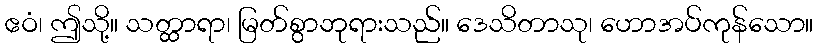
ဧဝံ၊ ဤသို့။ သတ္ထာရာ၊ မြတ်စွာဘုရားသည်။ ဒေသိတာသု၊ ဟောအပ်ကုန်သော။